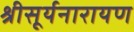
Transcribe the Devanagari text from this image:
श्रीसूर्यनारायण